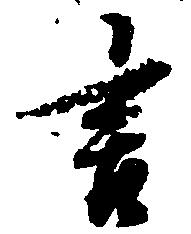
言